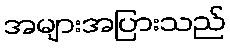
အများအပြားသည်